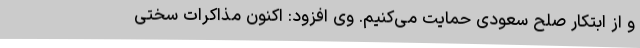
و از ابتکار صلح سعودی حمایت می‌کنیم. وی افزود: اکنون مذاکرات سختی